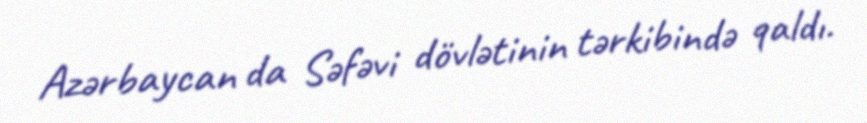
Azərbaycan da Səfəvi dövlətinin tərkibində qaldı.